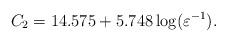
LaTeX: \begin{align*} C_2=14.575+5.748\log(\varepsilon^{-1}).\end{align*}